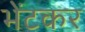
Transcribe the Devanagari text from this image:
भेंटकर